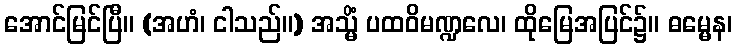
အောင်မြင်ပြီ။ (အဟံ၊ ငါသည်။) အသ္မိံ ပထဝိမဏ္ဍလေ၊ ထိုမြေအပြင်၌။ ဓမ္မေန၊